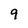
Character: 9